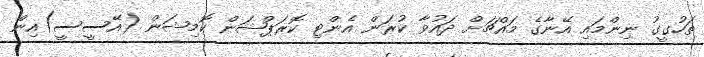
ތަހުގީގު ނިންމައި އޭނާގެ މައްޗަށް ދައުވާ ކުރަން އެންޓި ކޮރަޕްޝަން ކޮމިޝަން (އޭސީސީ)އިން